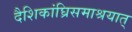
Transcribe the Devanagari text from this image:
दैशिकांघ्रिसमाश्रयात्